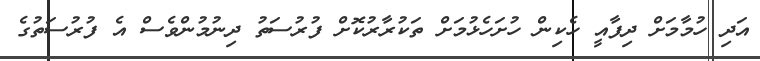
އަދި ހުމާމަށް ދިފާއީ ހެކިން ހުށަހެޅުމަށް ތަކުރާރުކޮށް ފުރުސަތު ދިނުމުންވެސް އެ ފުރުސަތުގެ